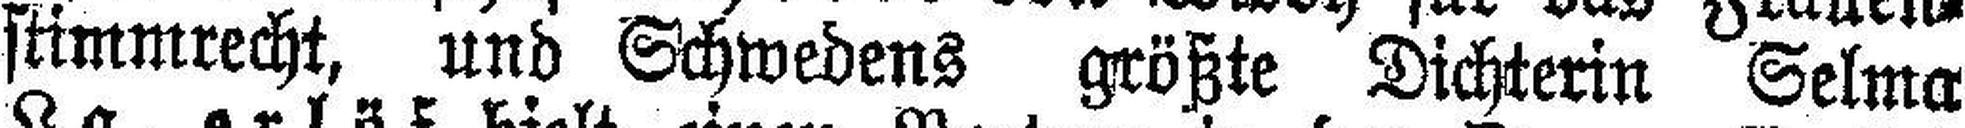
stimmrecht, und Schwedens größte Dichterin Selma